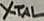
Text: XTAL